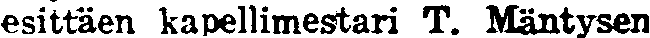
esittäen kapellimestari T. Mäntysen